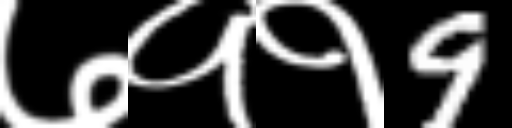
Text: ७११9